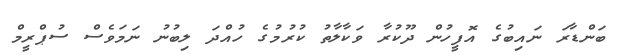
ބަންޑާރަ ނައިބުގެ އޮފީހުން ދޫކުރާ ވަކާލާތު ކުރުމުގެ ހުއްދަ ލިބުނު ނަމަވެސް ސުޕްރީމް